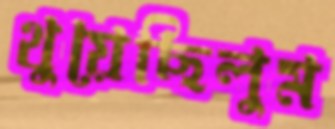
থুয়েছিলুম